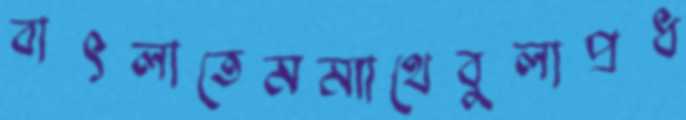
বাৎলাতেমম্যাথেবুলাপ্রধ